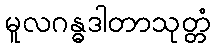
မူလဂန္ဓဒါတာသုတ္တံ